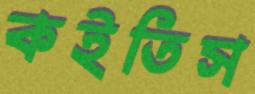
কইতিস